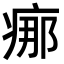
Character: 𤶸